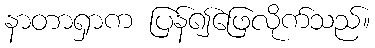
နာတာရှာက ပြန်၍ဖြေလိုက်သည်။